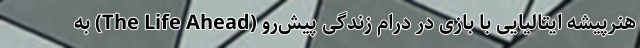
هنرپیشه ایتالیایی با بازی در درام زندگی پیش‌رو (The Life Ahead) به